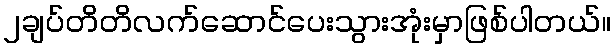
၂ချပ်တိတိလက်ဆောင်ပေးသွားအုံးမှာဖြစ်ပါတယ်။